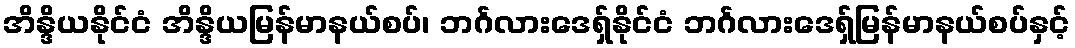
အိန္ဒိယနိုင်ငံ အိန္ဒိယမြန်မာနယ်စပ်၊ ဘင်္ဂလားဒေရှ်နိုင်ငံ ဘင်္ဂလားဒေရှ်မြန်မာနယ်စပ်နှင့်